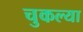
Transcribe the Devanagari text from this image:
चुकल्या